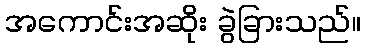
အကောင်းအဆိုး ခွဲခြားသည်။